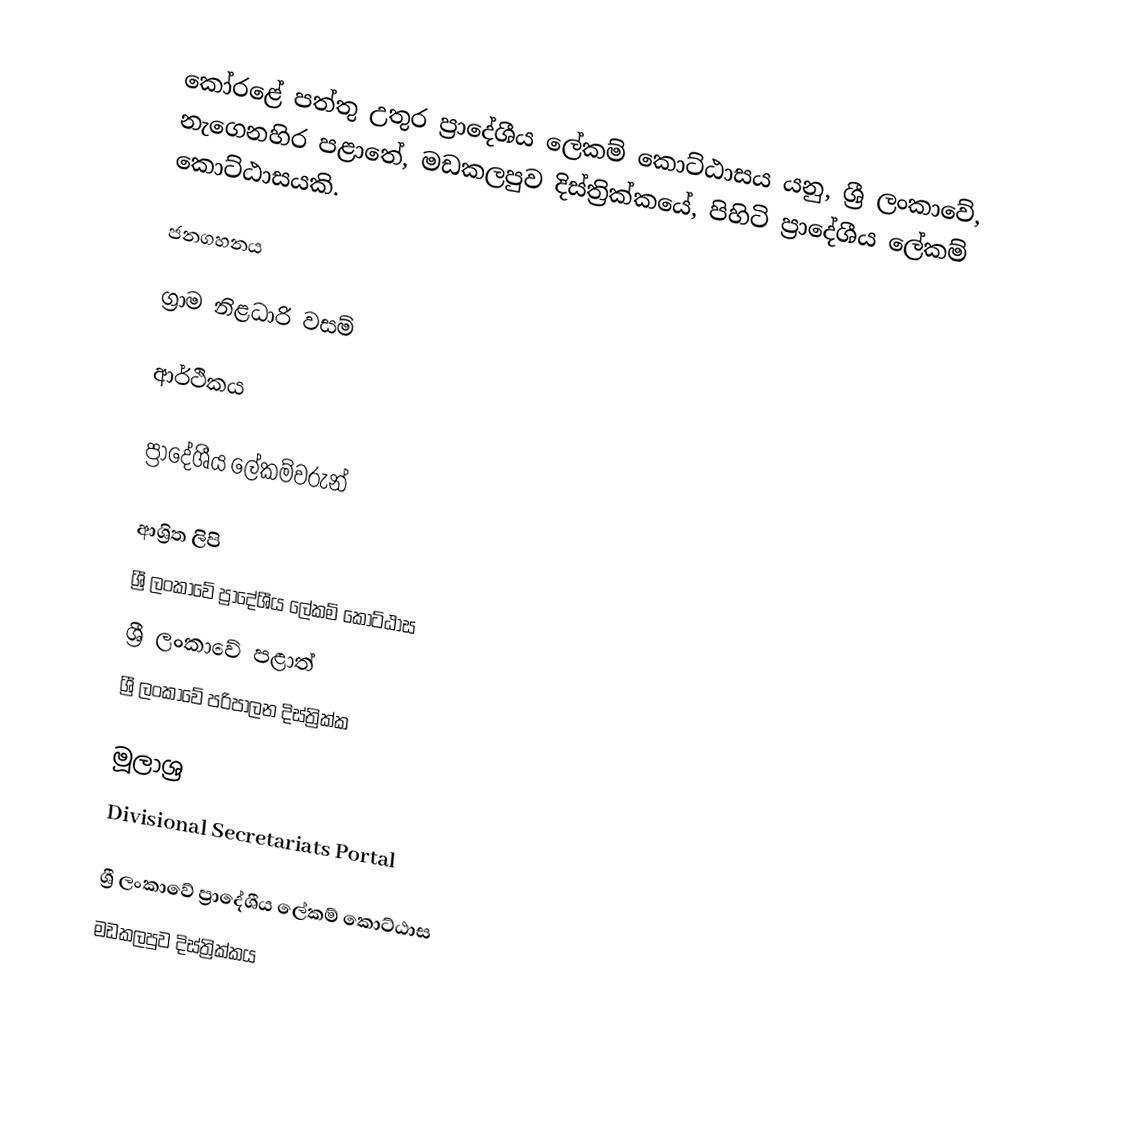
කෝරළේ පත්තු උතුර ප්‍රාදේශීය ලේකම් කොට්ඨාසය යනු,  ශ්‍රී ලංකාවේ, නැගෙනහිර පළාතේ,   මඩකලපුව දිස්ත්‍රික්කයේ, පිහිටි ප්‍රාදේශීය ලේකම් කොට්ඨාසයකි.

ජනගහනය

ග්‍රාම නිළධාරි වසම්

ආර්ථිකය

ප්‍රාදේශීය ලේකම්වරුන්

ආශ්‍රිත ලිපි
ශ්‍රී ලංකාවේ ප්‍රාදේශීය ලේකම් කොට්ඨාස
ශ්‍රී ලංකාවේ පළාත්
ශ්‍රී ලංකාවේ පරිපාලන දිස්ත්‍රික්ක

මූලාශ්‍ර
 Divisional Secretariats Portal

ශ්‍රී ලංකාවේ ප්‍රාදේශීය ලේකම් කොට්ඨාස
මඩකලපුව දිස්ත්‍රික්කය